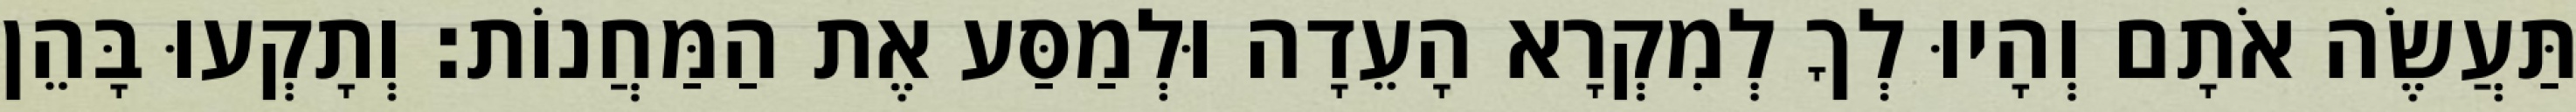
תַּעֲשֶׂה אֹתָם וְהָיוּ לְךָ לְמִקְרָא הָעֵדָה וּלְמַסַּע אֶת הַמַּחֲנוֹת׃ וְתָקְעוּ בָּהֵן